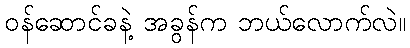
ဝန်ဆောင်ခနဲ့ အခွန်က ဘယ်လောက်လဲ။